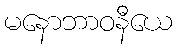
မနောဘာဝနီယေ